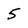
Character: 5